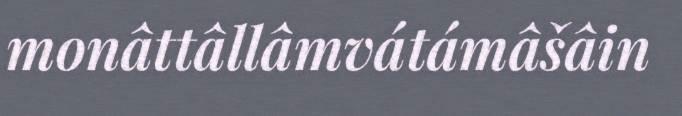
monâttâllâmvátámâšâin